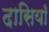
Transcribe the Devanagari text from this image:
दासियाँ